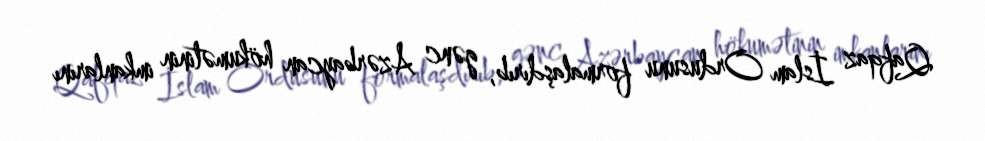
Qafqaz İslam Ordusunu formalaşdırıb, gənc Azərbaycan hökumətinin imkanlarını